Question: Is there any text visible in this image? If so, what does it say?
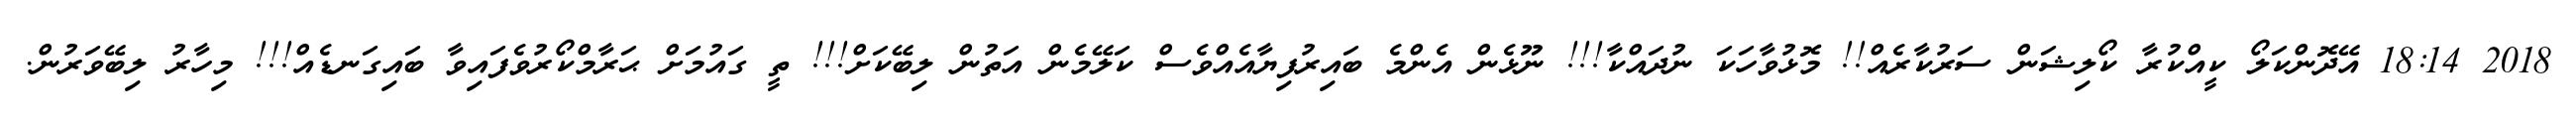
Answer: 2018 18:14 އޭދޮންކަލޯ ކީއްކުރާ ކޯލިޝަން ސަރުކާރެއް!! މޮޅުވާހަކަ ނުދައްކާ!!! ނޫޅެން އެންމެ ބައިރުފިޔާއެއްވެސް ކަލޭމެން އަތުން ލިބޭކަށް!!! ތީ ގައުމަށް ޙަރާމްކޯރުވެފައިވާ ބައިގަނޑެއް!!! މިހާރު ލިބޭވަރުން.